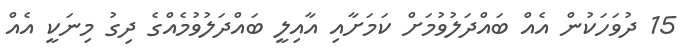
15 ދުވަހަކުން އެއް ބައްދަލުވުމަށް ކަމަށާއި އާއިލީ ބައްދަލުވުމެއްގެ ދިގު މިނަކީ އެއް